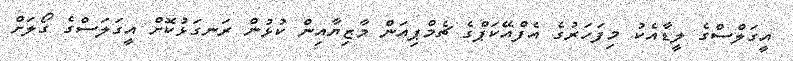
އީގަލްސްގެ ލީޑާއެކު މިފަހަރުގެ އެފްއޭކަޕްގެ ޗެމްޕިއަން މާޒިޔާއިން ކުޅުން ރަނގަޅުކޮށް އީގަލަސްގެ ގޯލަށް